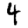
Digit: 4